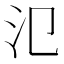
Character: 氾